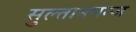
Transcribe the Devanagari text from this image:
सुल्तानगन्ज